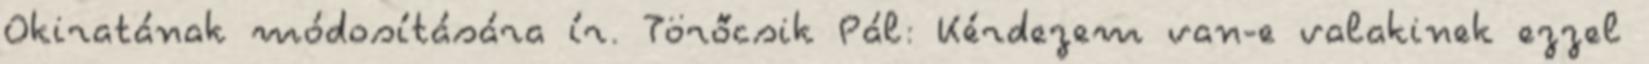
Okiratának módosítására ír. Törőcsik Pál: Kérdezem van-e valakinek ezzel